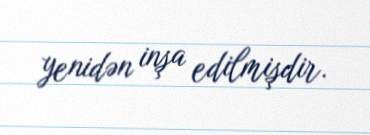
yenidən inşa edilmişdir.